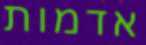
אדמות